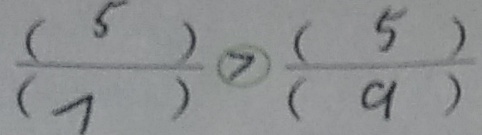
\frac { ( 5 ) } { ( 7 ) } > \frac { ( 5 ) } { ( 9 ) }